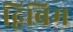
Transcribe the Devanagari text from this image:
द्विबिम